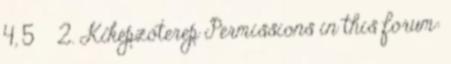
4, 5 » 2. Kiképzőterep Permissions in this forum: